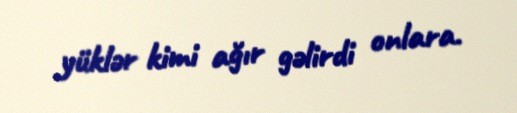
yüklər kimi ağır gəlirdi onlara.